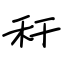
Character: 秆